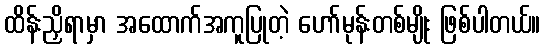
ထိန်းညှိရာမှာ အထောက်အကူပြုတဲ့ ဟော်မုန်းတစ်မျိုး ဖြစ်ပါတယ်။